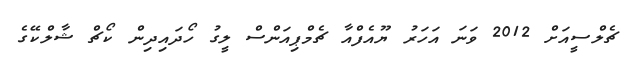
ޗެލްސީއަށް 2012 ވަނަ އަހަރު ޔޫއެފްއާ ޗެމްޕިއަންސް ލީގު ހޯދައިދިން ކޯޗް ޝާލްކޭގެ